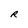
Character: R